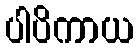
ပါပိကာယ